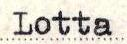
Lotta